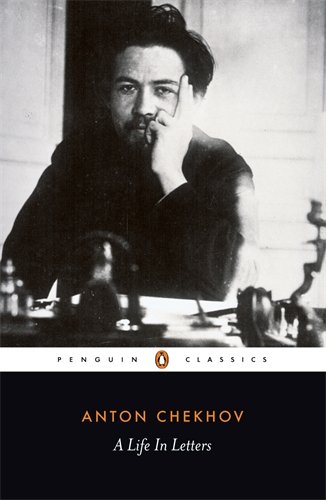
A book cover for A Life in Letters (Penguin Classics); Anton Chekhov; Literature & Fiction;